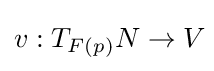
v:T_{F(p)}N\to V\!